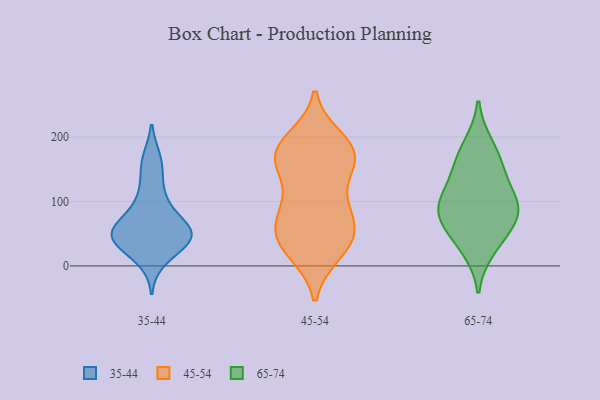
{"axis": {"x": "Humidity (%)", "y": "Value"}, "legend": ["35-44", "45-54", "65-74"], "data": [{"x": "", "y": 156, "type": "35-44"}, {"x": "", "y": 45, "type": "35-44"}, {"x": "", "y": 112, "type": "35-44"}, {"x": "", "y": 54, "type": "35-44"}, {"x": "", "y": 58, "type": "35-44"}, {"x": "", "y": 101, "type": "35-44"}, {"x": "", "y": 11, "type": "35-44"}, {"x": "", "y": 164, "type": "35-44"}, {"x": "", "y": 42, "type": "35-44"}, {"x": "", "y": 66, "type": "35-44"}, {"x": "", "y": 43, "type": "35-44"}, {"x": "", "y": 41, "type": "35-44"}, {"x": "", "y": 35, "type": "35-44"}, {"x": "", "y": 59, "type": "35-44"}, {"x": "", "y": 35, "type": "45-54"}, {"x": "", "y": 23, "type": "45-54"}, {"x": "", "y": 194, "type": "45-54"}, {"x": "", "y": 91, "type": "45-54"}, {"x": "", "y": 159, "type": "45-54"}, {"x": "", "y": 172, "type": "45-54"}, {"x": "", "y": 32, "type": "45-54"}, {"x": "", "y": 63, "type": "45-54"}, {"x": "", "y": 176, "type": "45-54"}, {"x": "", "y": 173, "type": "45-54"}, {"x": "", "y": 40, "type": "45-54"}, {"x": "", "y": 174, "type": "45-54"}, {"x": "", "y": 110, "type": "45-54"}, {"x": "", "y": 79, "type": "45-54"}, {"x": "", "y": 62, "type": "45-54"}, {"x": "", "y": 170, "type": "45-54"}, {"x": "", "y": 89, "type": "65-74"}, {"x": "", "y": 81, "type": "65-74"}, {"x": "", "y": 159, "type": "65-74"}, {"x": "", "y": 101, "type": "65-74"}, {"x": "", "y": 148, "type": "65-74"}, {"x": "", "y": 188, "type": "65-74"}, {"x": "", "y": 72, "type": "65-74"}, {"x": "", "y": 108, "type": "65-74"}, {"x": "", "y": 50, "type": "65-74"}, {"x": "", "y": 26, "type": "65-74"}]}